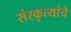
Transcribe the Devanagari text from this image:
संस्कृत्यांचे